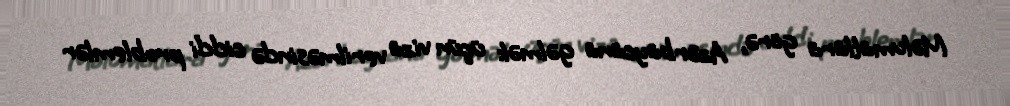
Məlumatlara görə, Azərbaycana gəlmək üçün viza verilməsində ciddi problemlər